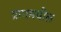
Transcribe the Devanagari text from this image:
प्रागमधील